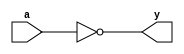
module COMPLEMENT(y,a);
output y;
input a;
assign y=~a;
endmodule